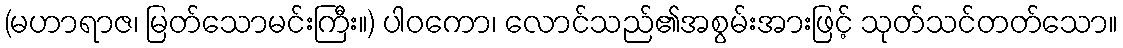
(မဟာရာဇ၊ မြတ်သောမင်းကြီး။) ပါဝကော၊ လောင်သည်၏အစွမ်းအားဖြင့် သုတ်သင်တတ်သော။